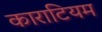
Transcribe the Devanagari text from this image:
काराटियम